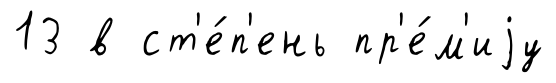
13 в ст'е́п'ень пр'е́м'иjу